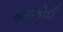
બમકોઈ